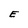
Character: E